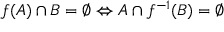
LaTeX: f ( A ) \cap B = \varnothing \Leftrightarrow A \cap f ^ { - 1 } ( B ) = \varnothing